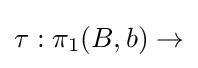
\tau :\pi _{1}(B,b)\to